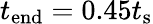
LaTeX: t_{\mathrm{end}}=0.45t_{\mathrm{s}}